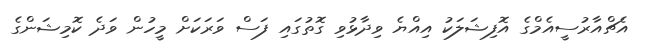
އެޗްއާރުސީއެމްގެ އޮފިޝަލަކު އިއްޔެ ވިދާޅުވި ގޮތުގައި ފަސް ވަރަކަށް މީހުން ވަދެ ކޮމިޝަންގެ